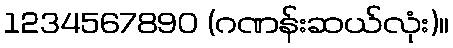
1234567890 (ဂဏန်းဆယ်လုံး)။